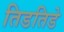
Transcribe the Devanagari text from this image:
तिडतिडे